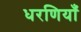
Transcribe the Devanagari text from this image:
धरणियाँ